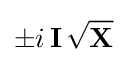
\pm i\,\mathbf {I} \,{\sqrt {\textbf {X}}}